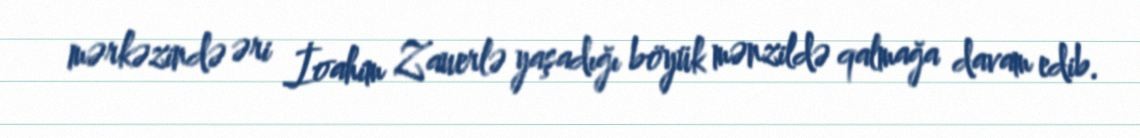
mərkəzində əri İoahim Zauerlə yaşadığı böyük mənzildə qalmağa davam edib.